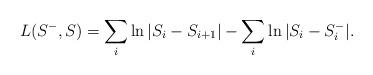
LaTeX: \begin{align*} L(S^-,S) = \sum_i \ln|S_i - S_{i+1}| - \sum_i \ln|S_i - S^-_i|.\end{align*}